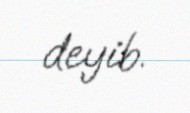
deyib.